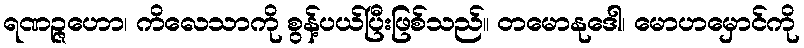
ရဏဉ္ဇဟော၊ ကိလေသာကို စွန့်ပယ်ပြီးဖြစ်သည်။ တမောနုဒေါ၊ မောဟမှောင်ကို